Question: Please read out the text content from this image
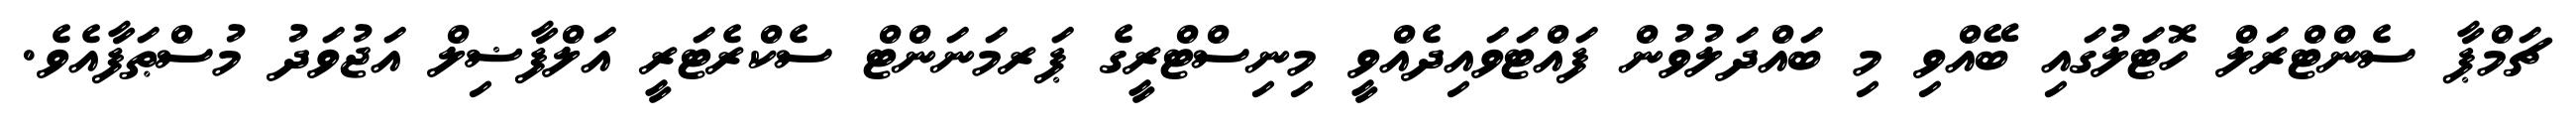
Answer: ޗަމްޕާ ސެންޓްރަލް ހޮޓަލުގައި ބޭއްވި މި ބައްދަލުވުން ފައްޓަވައިދެއްވީ މިނިސްޓްރީގެ ޕަރމަނަންޓް ސެކްރެޓަރީ އަލްފާޟިލް އަޖުވަދު މުސްޠަފާއެވެ.